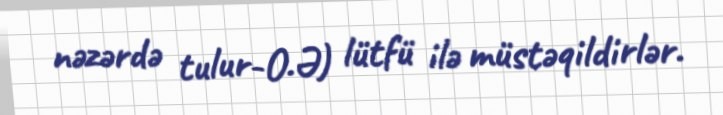
nəzərdə tulur-O.Ə) lütfü ilə müstəqildirlər.